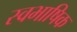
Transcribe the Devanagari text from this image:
स्वभाषिक